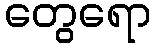
တွေရော